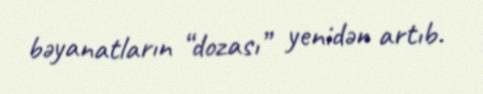
bəyanatların “dozası” yenidən artıb.